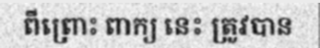
ពីព្រោះ ពាក្យ នេះ ត្រូវបាន